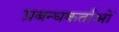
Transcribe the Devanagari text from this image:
प्रबन्धकर्ताओं